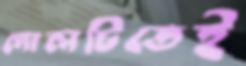
গোলটিতেই